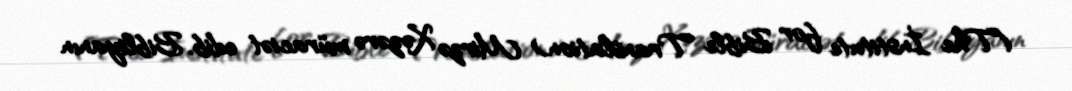
(The İnstitute for Bible Translation) Mirzə Xəzərə müraciət edib, Bibliyanın